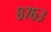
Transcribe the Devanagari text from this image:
८७६३